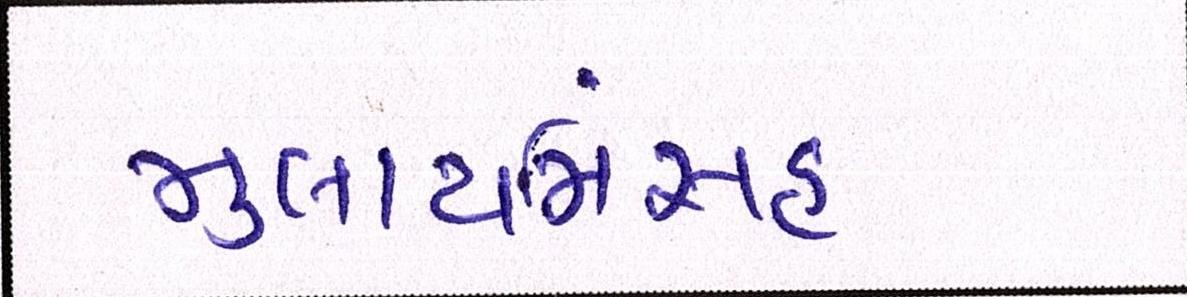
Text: મુલાયમિંસહ